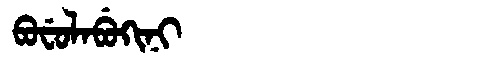
Manchu: ᠪᠣᠸᡠᠯᠠᠪᡠᡴᡳᠨᡳ
Romanization: BOFULABUKINI